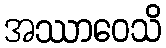
အဿာဝေသိ